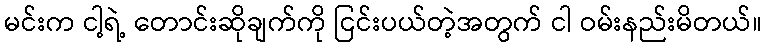
မင်းက ငါ့ရဲ့ တောင်းဆိုချက်ကို ငြင်းပယ်တဲ့အတွက် ငါ ဝမ်းနည်းမိတယ်။